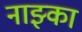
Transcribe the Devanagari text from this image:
नाझ्का